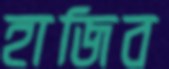
হাজিব